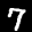
Label: 7